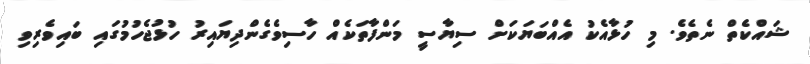
ޝައްކެތް ނެތެވެ. މި ހުޅާއެކު އެއްބަޔަކަށް ސިޔާސީ މަންފާތަކެއް ހާސިވެގެންދިޔައިރު ހުޅުޖެހުމުގައި ބައިވެރިވި